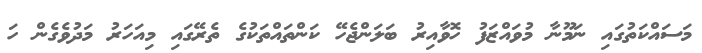
މަސައްކަތުގައި ނަމޫނާ މުވައްޒަފު ހޮވާއިރު ބަލަންޖެހޭ ކަންތައްތަކުގެ ތެރޭގައި މިއަހަރު މަދުވެގެން ހަ